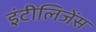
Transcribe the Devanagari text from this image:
इंटीलिजेंस